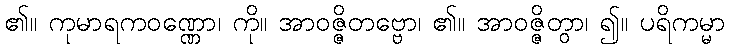
၏။ ကုမာရကဝဏ္ဏော၊ ကို။ အာဝဇ္ဇိတဗ္ဗော၊ ၏။ အာဝဇ္ဇိတွာ၊ ၍။ ပရိကမ္မာ